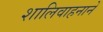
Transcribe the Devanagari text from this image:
शालिवाहनाने